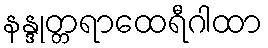
နန္ဒုတ္တရာထေရီဂါထာ